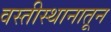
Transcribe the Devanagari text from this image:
वस्तीस्थानातून